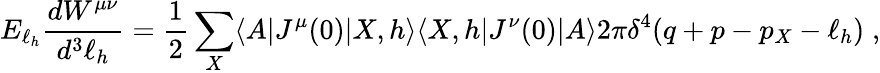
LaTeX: E_{\ell_{h}}\frac{dW^{\mu\nu}}{d^{3}\ell_{h}}=\frac{1}{2}\sum_{X}\langle A|J^{\mu}(0)|X,h\rangle\langle X,h|J^{\nu}(0)|A\rangle 2\pi\delta^{4}(q+p-p_{X}-\ell_{h})\; ,